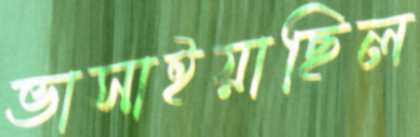
ভাসাইয়াছিল